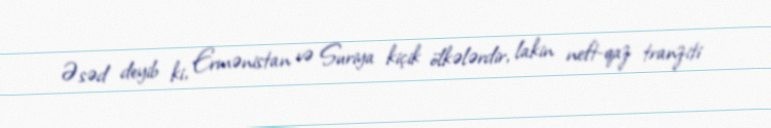
Əsəd deyib ki, Ermənistan və Suriya kiçik ölkələrdir, lakin neft-qaz tranziti